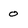
Character: 0